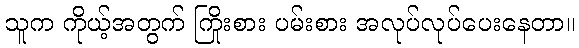
သူက ကိုယ့်အတွက် ကြိုးစား ပမ်းစား အလုပ်လုပ်ပေးနေတာ။